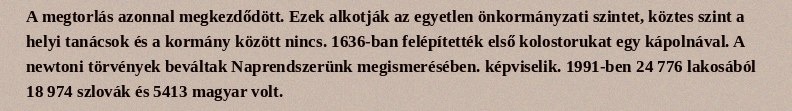
A megtorlás azonnal megkezdődött. Ezek alkotják az egyetlen önkormányzati szintet, köztes szint a helyi tanácsok és a kormány között nincs. 1636-ban felépítették első kolostorukat egy kápolnával. A newtoni törvények beváltak Naprendszerünk megismerésében. képviselik. 1991-ben 24 776 lakosából 18 974 szlovák és 5413 magyar volt.